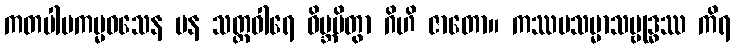
ကတပါပကမ္မဝသေန ပန သတ္တဝါရေ ဝိဗ္ဘမိတွာ ဂိဟိ ဇာတော။ ကဿပသမ္မာသမ္ဗုဒ္ဓဿ ကိရ